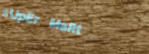
sUpEr MaRt